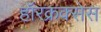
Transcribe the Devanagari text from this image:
हॉरक्रक्सेस